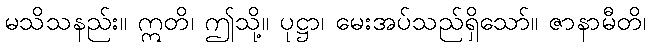
မသိသနည်း။ ဣတိ၊ ဤသို့။ ပုဋ္ဌာ၊ မေးအပ်သည်ရှိသော်။ ဇာနာမီတိ၊